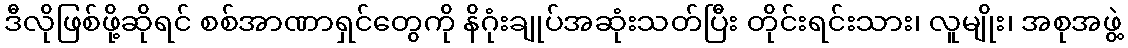
ဒီလိုဖြစ်ဖို့ဆိုရင် စစ်အာဏာရှင်တွေကို နိဂုံးချုပ်အဆုံးသတ်ပြီး တိုင်းရင်းသား၊ လူမျိုး၊ အစုအဖွဲ့